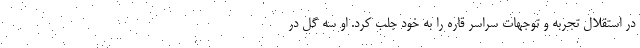
در استقلال تجربه و توجهات سراسر قاره را به خود جلب کرد. او سه گل در